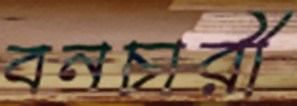
বনচারী